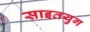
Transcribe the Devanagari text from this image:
साइतयुग